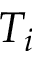
T _ { i }